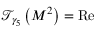
\mathcal { T } _ { \gamma _ { 5 } } \left( M ^ { 2 } \right) = \operatorname { R e }